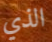
الذي